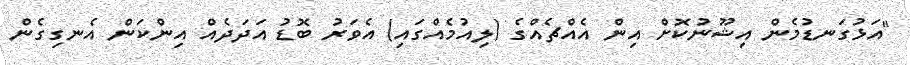
"އަޅުގަނޑުމެން އިޝޫނުކޮށް އިން އެއްޗެއްގެ (ލިއުމެއްގައި) އެވަރު ބޮޑު އަދަދެއް އިންކަން އެނގިގެން